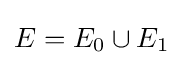
E=E_{0}\cup E_{1}